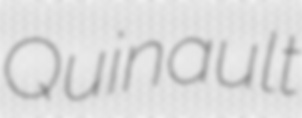
Quinault